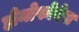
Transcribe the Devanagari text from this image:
होमोफोबेस